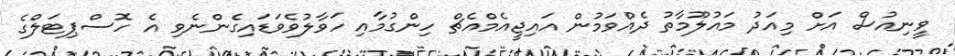
ވީނިއުސް އަށް މިއަދު މައުލޫމާތު ދެއްވަމުން އައިޖީއެމްއެޗް ހިންގުމާއި ހަވާލުވެވަޑައިގެންނެވި އެ ހޮސްޕިޓަލްގެ